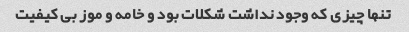
تنها چیزی که وجود نداشت شکلات بود و خامه و موز بی کیفیت